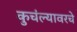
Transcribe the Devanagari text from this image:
कुचंल्यावरचे